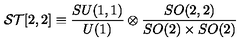
{ \cal S T } [ 2 , 2 ] \equiv \frac { S U ( 1 , 1 ) } { U ( 1 ) } \otimes \frac { S O ( 2 , 2 ) } { S O ( 2 ) \times S O ( 2 ) }